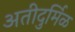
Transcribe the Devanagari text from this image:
अतीदुर्मिळ